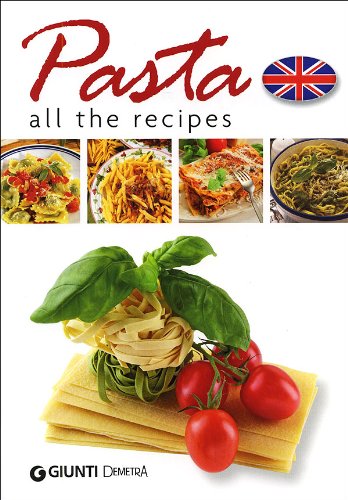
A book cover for Pasta: All the Recipes; H. Glave E. Cleary; Cookbooks, Food & Wine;